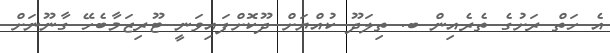
އެ ހަތް ރަށުގެ ތެރެއިން ބ. ތިލަދޫ ކުއްޔަށް ދޫކޮށްފައިވަނީ ޓޫރިޒަމާބެހޭ ގާނޫނަށް